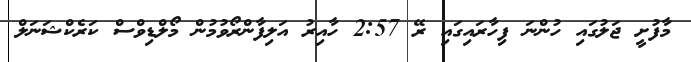
މާފުށީ ޖަލުގައި ހުންނަ ފިހާރައިގައި ރޭ 2:57 ހާއިރު އަލިފާންރޯވުމުން މޯލްޑިވްސް ކަރެކްޝަނަލް